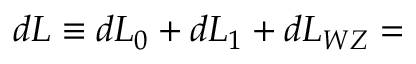
d { \cal { L } } \equiv d { \cal { L } } _ { 0 } + d { \cal { L } } _ { 1 } + d { \cal { L } } _ { W Z } =